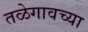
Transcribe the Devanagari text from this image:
तळेगावच्या